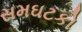
સમઘટકો